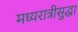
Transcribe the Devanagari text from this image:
मध्यरात्रीसुद्धा